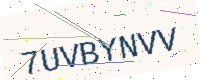
Text: 7UVBYNVV